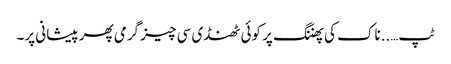
ٹپ…..ناک کی پھننگ پر کوئی ٹھنڈی سی چیز گرمی پھر پیشانی پر۔